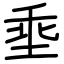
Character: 埀